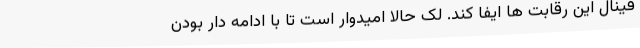
فینال این رقابت ها ایفا کند. لک حالا امیدوار است تا با ادامه دار بودن